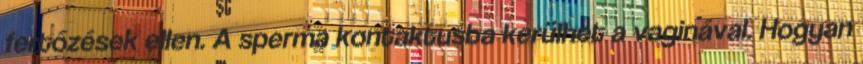
fertőzések ellen. A sperma kontaktusba kerülhet a vaginával. Hogyan